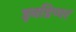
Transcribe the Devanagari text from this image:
इनडिप्पर